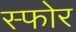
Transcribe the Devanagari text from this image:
स्फोर